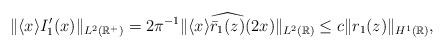
LaTeX: \begin{align*} \|\langle x\rangle I_1^{\prime}(x)\|_{L^2(\mathbb{R}^+)}= 2\pi^{-1} \|\langle x\rangle \widehat{ \bar{r}_1(z)} (2x)\|_{L^2(\mathbb{R})}\leq c \| r_1(z) \|_{H^1(\mathbb{R})},\end{align*}